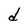
Character: d